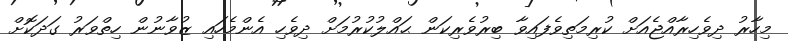
މިހާރު ދިވެހިރާއްޖެއަށް ކުރިމަތިވެފައިވާ ބިރުވެރިކަން ޙައްލުކުރުމަށް ދިވެހި އެންމެހައި ޒުވާނުން ހިތްވަރު ގަދަކޮށް